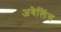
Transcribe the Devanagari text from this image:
अवेलिंग